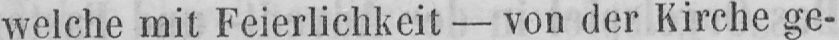
welche mit Feierlichkeit - von der Kirche ge-